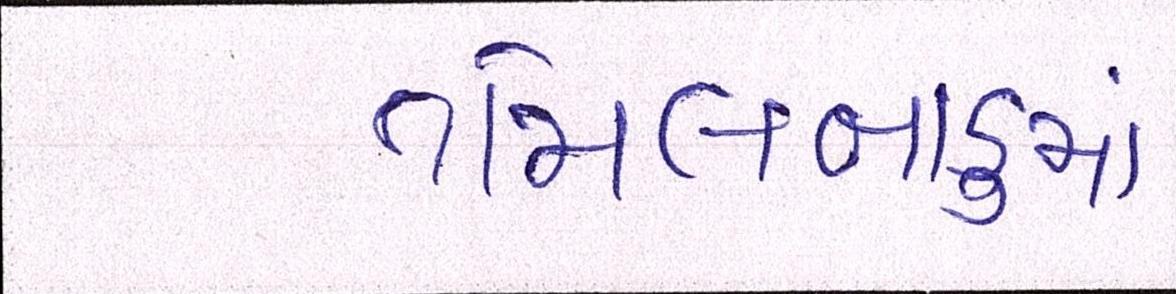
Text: તમિલનાડુમાં